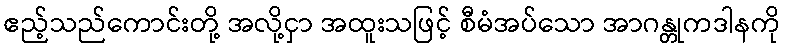
ဧည့်သည်ကောင်းတို့ အလို့ငှာ အထူးသဖြင့် စီမံအပ်သော အာဂန္တုကဒါနကို